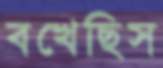
বখেছিস